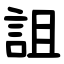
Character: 詛